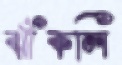
ঝাঁকলি